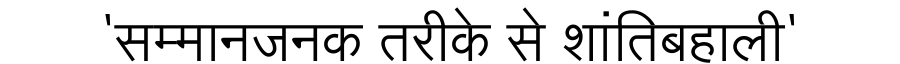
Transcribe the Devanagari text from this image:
'सम्मानजनक तरीके से शांतिबहाली'